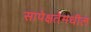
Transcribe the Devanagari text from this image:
सापेक्षतेमधील